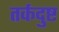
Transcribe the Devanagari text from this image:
तर्कदुष्ट